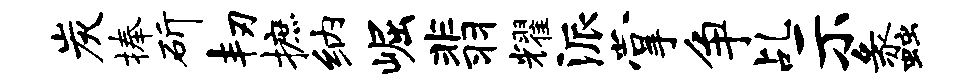
炭捧斫韧摭纳崛翡耀派掌争乩示蠡